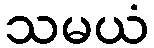
သမယံ